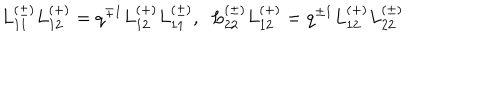
L _ { 1 1 } ^ { ( \pm ) } L _ { 1 2 } ^ { ( + ) } = q ^ { \mp 1 } L _ { 1 2 } ^ { ( + ) } L _ { 1 1 } ^ { ( \pm ) } , \; \; L _ { 2 2 } ^ { ( \pm ) } L _ { 1 2 } ^ { ( + ) } = q ^ { \pm 1 } L _ { 1 2 } ^ { ( + ) } L _ { 2 2 } ^ { ( \pm ) }